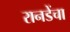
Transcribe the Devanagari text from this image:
रानडेंचा